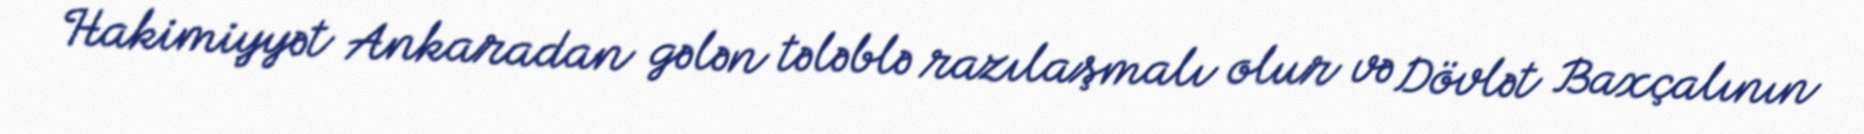
Hakimiyyət Ankaradan gələn tələblə razılaşmalı olur və Dövlət Baxçalının